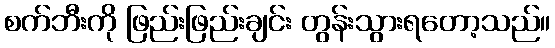
စက်ဘီးကို ဖြည်းဖြည်းချင်း တွန်းသွားရတော့သည်။